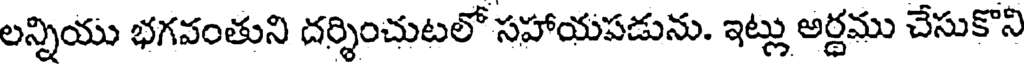
లన్నియు భగవంతుని దర్శించుటలో సహాయపడును. ఇట్లు అర్ధము చేసుకొని